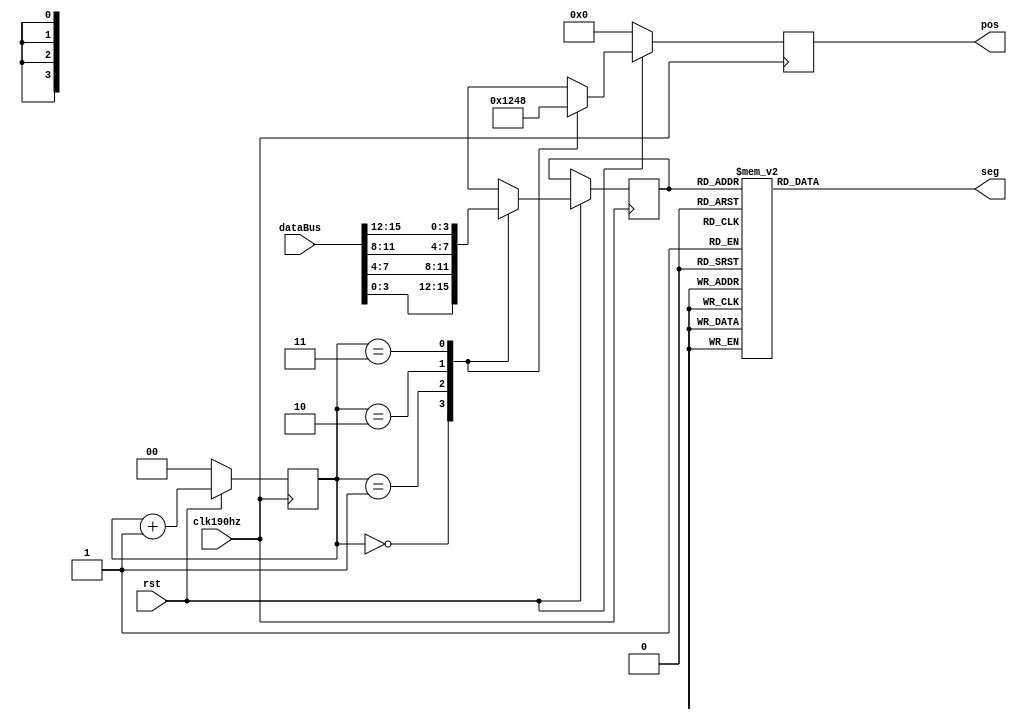
`timescale 1ns / 1ps

module segMsg1(
    input clk190hz,
    input rst,
    input [15:0] dataBus,
    output reg [3:0] pos,
    output reg [7:0] seg
    );
    
    reg [1:0] posC;
    reg [3:0] dataP;
    
    always @(posedge clk190hz) 
    begin
        if (!rst) 
        begin
            pos = 4'b0000;
            posC = 0;
        end
        else begin
            case (posC)
                0: begin
                    pos   <= 4'b0001;
                    dataP <= dataBus[3:0];
                end
                1: begin
                    pos   <= 4'b0010;
                    dataP <= dataBus[7:4];            
                end
                2: begin
                    pos   <= 4'b0100;
                    dataP <= dataBus[11:8];
                end
                3: begin
                    pos   <= 4'b1000;
                    dataP <= dataBus[15:12];
                end
            endcase
            posC = posC + 1;
        end
    end
    
    always @(dataP)
        case (dataP)
            0: seg = 8'b0011_1111;
            1: seg = 8'b0000_0110;
            2: seg = 8'b0101_1011;
            3: seg = 8'b0100_1111;
            4: seg = 8'b0110_0110;
            5: seg = 8'b0110_1101;
            6: seg = 8'b0111_1101;
            7: seg = 8'b0000_0111;
            8: seg = 8'b0111_1111;
            9: seg = 8'b0110_1111;
            10:seg = 8'b0100_0000;
            11:seg = 8'b0000_0000;
            default: seg = 8'b0000_1000;
        endcase
endmodule